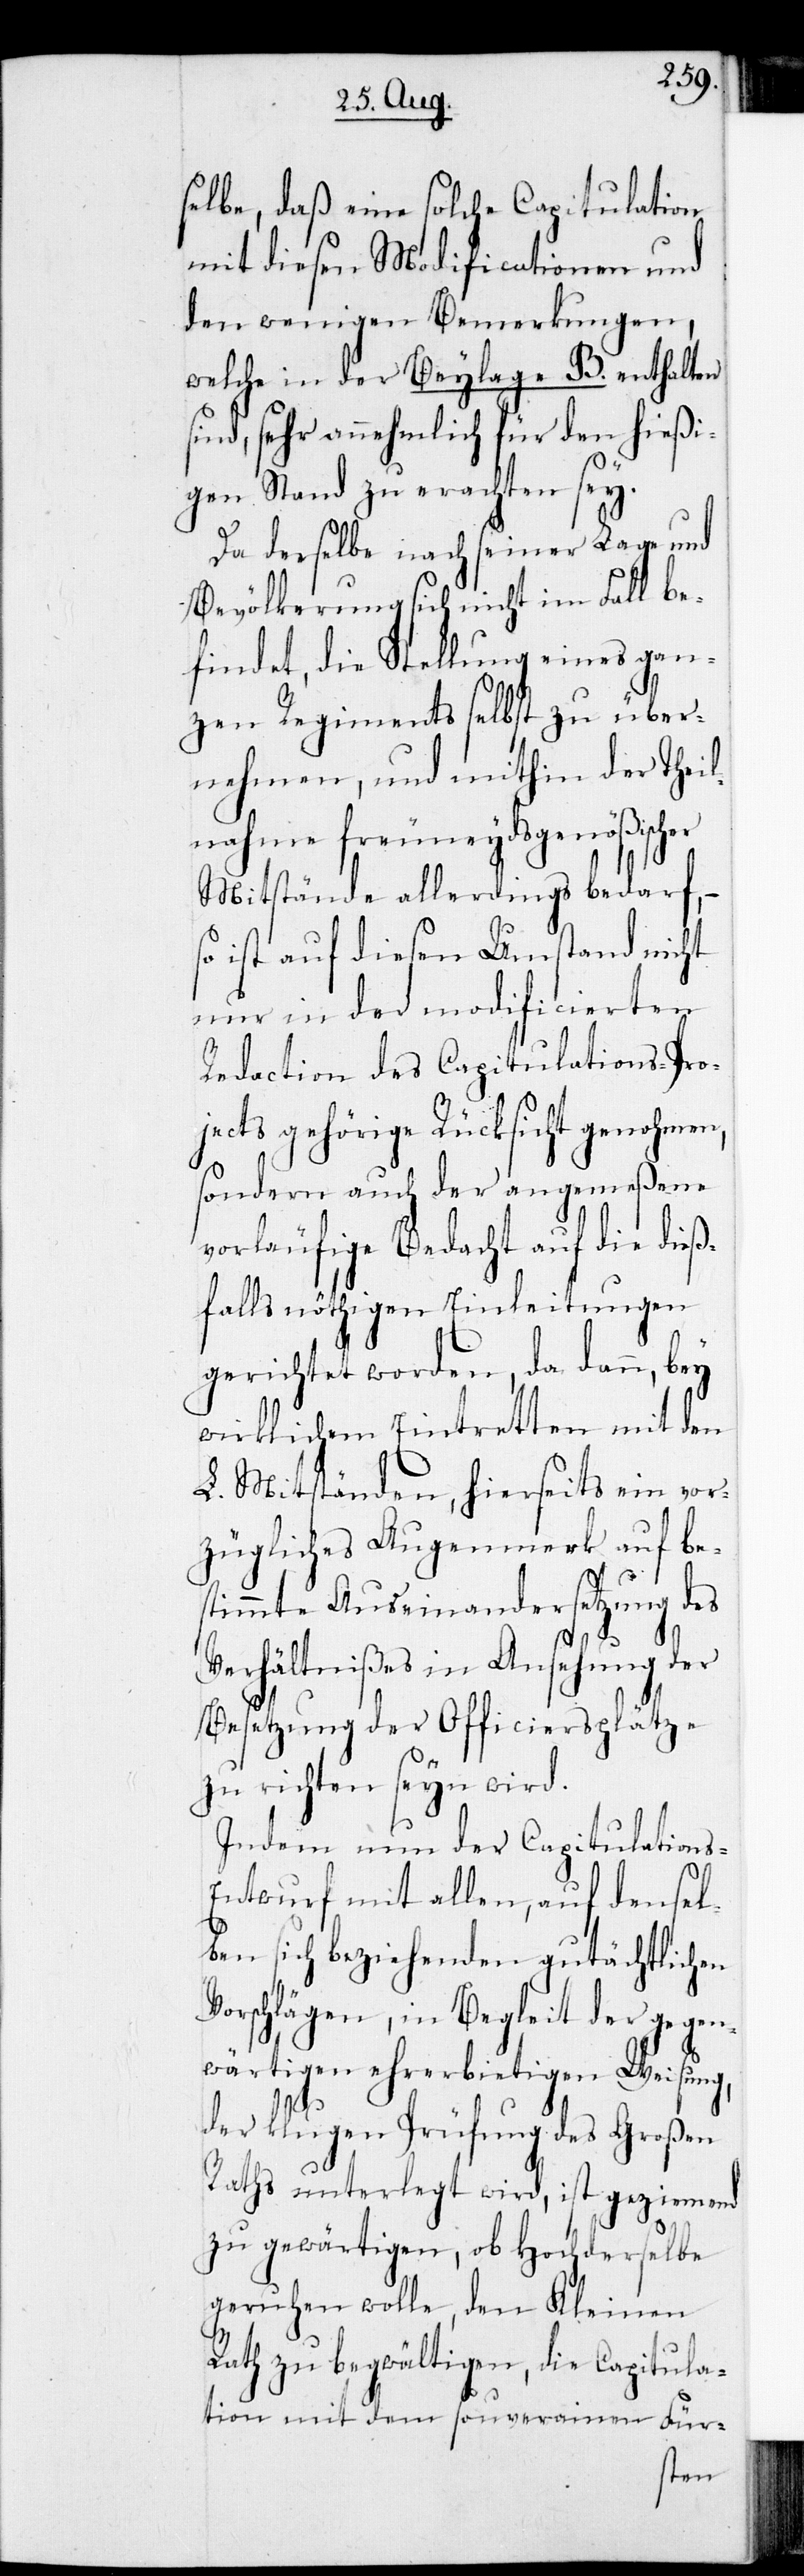
selbe, daß eine solche Capitulation
mit diesen Modificationen und
den wenigen Bemerkungen,
welche in der Beylage B. enthalten
sind, sehr annehmlich für den hießi¬
gen Stand zu erachten sey.
Da derselbe nach seiner Lage und
Bevölkerung sich nicht im Fall be¬
findet, die Stellung eines gan¬
zen Regiments selbst zu über¬
nehmen, und mithin der Theil¬
nahme freundeydsgenößischer
Mitstände allerdings bedarf,
ist auf diesen Umstand nicht
nur in der modificierten
Redaction des Capitulations-Pro¬
jects gehörige Rücksicht genohmen,
sondern auch der angemeßene
vorläufige Bedacht auf die dieß¬
falls nöthigen Einleitungen
gerichtet worden, da dann, bey
wirklichem Eintretten mit dem
L. Mitständen, hierseits ein vor¬
zügliches Augenmerk auf be¬
stimmte Auseinandersetzung des
Verhältnißes in Ansehung der
Besetzung der Officiersplätze
zu richten seyn wird.
Indem nun der Capitulation¬
s-Entwurf mit allen, auf densel¬
ben sich beziehenden gutächtlichen
Vorschlägen, in Begleit der gegen¬
wärtigen ehrerbietigen Weisung,
der klugen Prüfung des Großen
Raths unterlegt wird, ist geziemend
zu gewärtigen, ob Hochderselbe
geruhen wolle, den Kleinen
Rath zu begwältigen, die Capitula¬
tion mit dem souverainen Für-